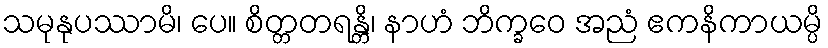
သမုနုပဿာမိ၊ ပေ။ စိတ္တတရန္တိ၊ နာဟံ ဘိက္ခဝေ အညံ ဧကနိကာယမ္ပိ